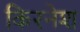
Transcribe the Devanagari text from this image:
किरनेश